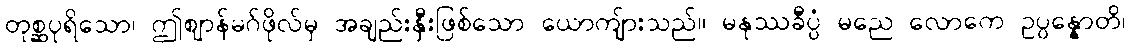
တုစ္ဆပုရိသော၊ ဤဈာန်မဂ်ဖိုလ်မှ အချည်းနှီးဖြစ်သော ယောကျ်ားသည်။ မနုဿခီပ္ပံ မညေ လောကေ ဥပ္ပန္နောတိ၊